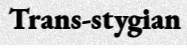
Trans-stygian